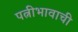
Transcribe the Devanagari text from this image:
पत्नीभावाची